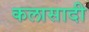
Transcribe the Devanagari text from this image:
कलासादी